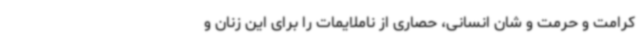
کرامت و حرمت و شان انسانی، حصاری از ناملایمات را برای این زنان و